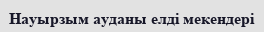
Науырзым ауданы елді мекендері